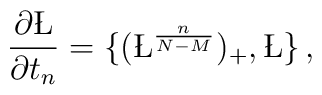
\frac{\partial\L}{\partial t_n} = \{ (\L^{\frac{n}{N-M}})_{+} , \L \}\,,